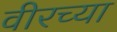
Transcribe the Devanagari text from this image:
वीरच्या